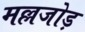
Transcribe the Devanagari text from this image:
मल्लजोड़